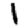
Digit: 1